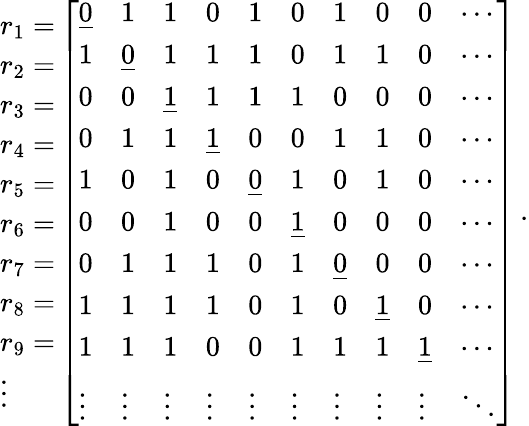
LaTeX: \begin{array}{l}{r_{1}=}\\ {r_{2}=}\\ {r_{3}=}\\ {r_{4}=}\\ {r_{5}=}\\ {r_{6}=}\\ {r_{7}=}\\ {r_{8}=}\\ {r_{9}=}\\ {\vdots}\end{array}\left[\begin{array}{llllllllll}{\underline{{0}}}&{1}&{1}&{0}&{1}&{0}&{1}&{0}&{0}&{\cdots}\\ {1}&{\underline{{0}}}&{1}&{1}&{1}&{0}&{1}&{1}&{0}&{\cdots}\\ {0}&{0}&{\underline{{1}}}&{1}&{1}&{1}&{0}&{0}&{0}&{\cdots}\\ {0}&{1}&{1}&{\underline{{1}}}&{0}&{0}&{1}&{1}&{0}&{\cdots}\\ {1}&{0}&{1}&{0}&{\underline{{0}}}&{1}&{0}&{1}&{0}&{\cdots}\\ {0}&{0}&{1}&{0}&{0}&{\underline{{1}}}&{0}&{0}&{0}&{\cdots}\\ {0}&{1}&{1}&{1}&{0}&{1}&{\underline{{0}}}&{0}&{0}&{\cdots}\\ {1}&{1}&{1}&{1}&{0}&{1}&{0}&{\underline{{1}}}&{0}&{\cdots}\\ {1}&{1}&{1}&{0}&{0}&{1}&{1}&{1}&{\underline{{1}}}&{\cdots}\\ {\vdots}&{\vdots}&{\vdots}&{\vdots}&{\vdots}&{\vdots}&{\vdots}&{\vdots}&{\vdots}&{\ddots}\end{array}\right]\, .